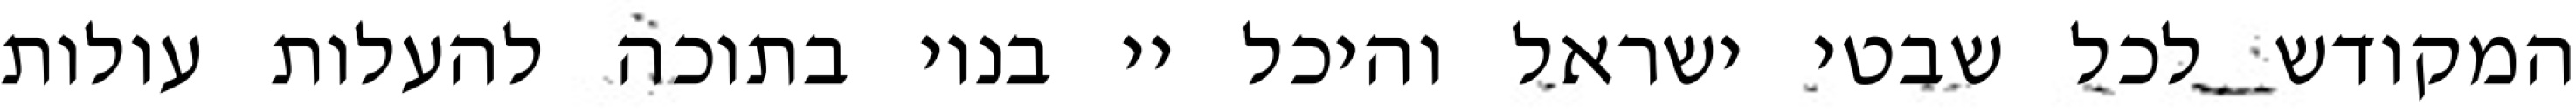
המקודש לכל שבטי ישראל והיכל יי בנוי בתוכה להעלות עולות